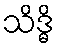
သိဒ္ဓိ